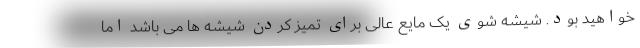
خواهید بود. شیشه شوی یک مایع عالی برای تمیز کردن شیشه ها می باشد اما